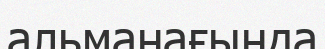
альманағында